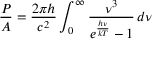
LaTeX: { \frac { P } { A } } = { \frac { 2 \pi h } { c ^ { 2 } } } \int _ { 0 } ^ { \infty } { \frac { \nu ^ { 3 } } { e ^ { \frac { h \nu } { k T } } - 1 } } \, d \nu